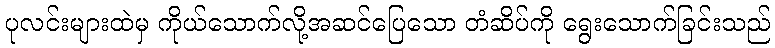
ပုလင်းများထဲမှ ကိုယ်သောက်လို့အဆင်ပြေသော တံဆိပ်ကို ရွေးသောက်ခြင်းသည်